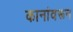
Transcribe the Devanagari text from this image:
कानांवरून